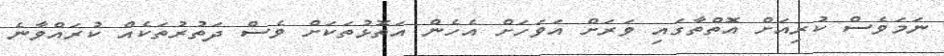
ނަމަވެސް ކުރިއަށް އޮތްތާގައި ވަރަށް އަވަހަށް އެހެން އަތޮޅުތަކަށް ވެސް ދަތުރުތަކެއް ކުރައްވާނެ